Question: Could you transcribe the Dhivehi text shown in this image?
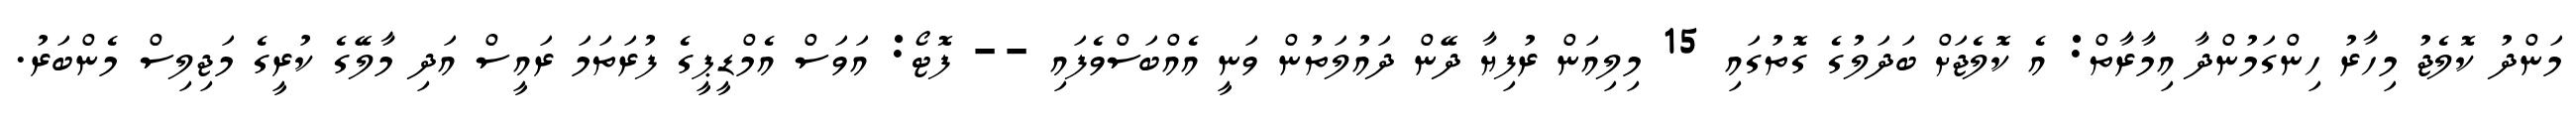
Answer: މަންދު ކޮލެޖު މިހާރު ހިންގަމުންދާ އިމާރާތް: އެ ކޮލެޖަށް ބަދަލުގެ ގޮތުގައި 15 މިލިއަން ރުފިޔާ ދޭން ދައުލަތުން ވަނީ އެއްބަސްވެފައި -- ފޮޓޯ: އަވަސް އެމްޑީޕީގެ ފުރަތަމަ ރައީސް އަދި މާލޭގެ ކުރީގެ މަޖިލިސް މެންބަރު.